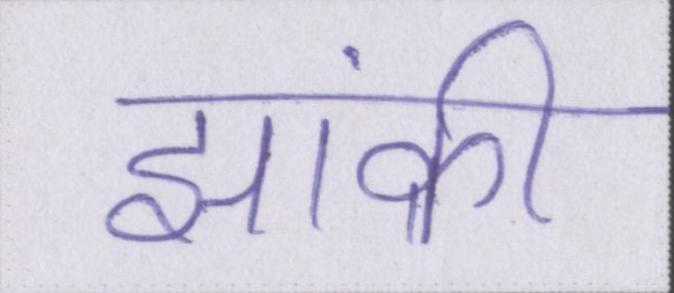
झांकी